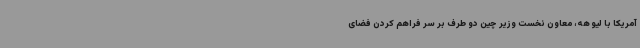
آمریکا با لیو هه، معاون نخست وزیر چین دو طرف بر سر فراهم کردن فضای